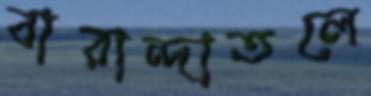
বারান্দাতলে